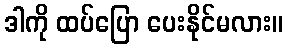
ဒါကို ထပ်ပြော ပေးနိုင်မလား။